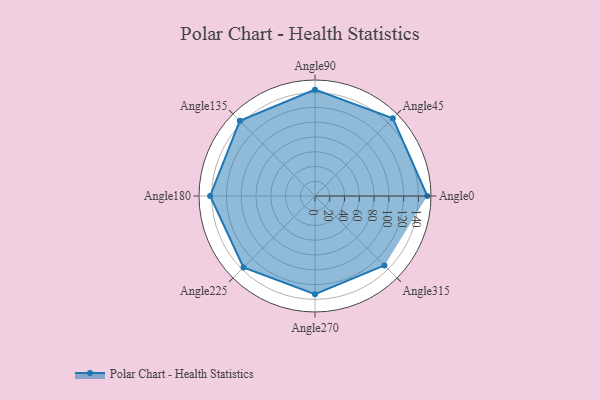
{"axis": {"x": "Angle", "y": "Radius"}, "legend": [""], "data": [{"x": "Angle0", "y": 152.0, "type": ""}, {"x": "Angle45", "y": 149.0, "type": ""}, {"x": "Angle90", "y": 144.0, "type": ""}, {"x": "Angle135", "y": 144.0, "type": ""}, {"x": "Angle180", "y": 142.0, "type": ""}, {"x": "Angle225", "y": 137.0, "type": ""}, {"x": "Angle270", "y": 133.0, "type": ""}, {"x": "Angle315", "y": 133.0, "type": ""}]}